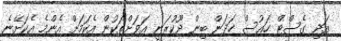
އަދި ގެސްޓް ހައުސް ހަދަން ބިން ދޫކުރަނީ އަވަށްތަކުން އެކަމަށް އެންމެ އެކަށޭނެ